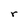
Character: r